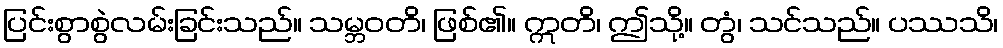
ပြင်းစွာစွဲလမ်းခြင်းသည်။ သမ္ဘဝတိ၊ ဖြစ်၏။ ဣတိ၊ ဤသို့။ တွံ၊ သင်သည်။ ပဿသိ၊